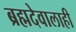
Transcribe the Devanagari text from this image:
ब्रह्मदेवालाही